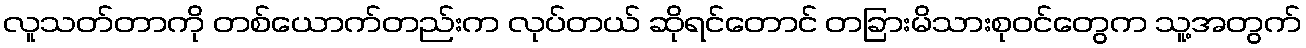
လူသတ်တာကို တစ်ယောက်တည်းက လုပ်တယ် ဆိုရင်တောင် တခြားမိသားစုဝင်တွေက သူ့အတွက်